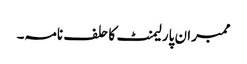
ممبران پارلیمنٹ کا حلف نامہ۔